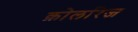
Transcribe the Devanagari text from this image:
क़ोलरिज